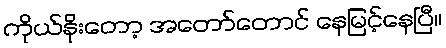
ကိုယ်နိုးတော့ အတော်တောင် နေမြင့်နေပြီ။